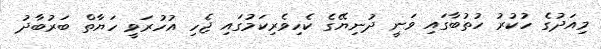
މިއަދުގެ ހުކުރު ހުތުބާގައި ވަނީ ދުނިޔޭގެ ކެހިވެރިކަމުގައި ޖެހި އުހުރަވީ ހަޔާތް ބަރުބާދު